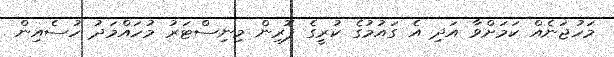
މަހުޖަނެއް ކަމަށްވާ އަދި އެ ގައުމުގެ ކުރީގެ ފޮރިން މިނިސްޓަރު މުހައްމަދު ހުސެއިން